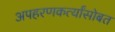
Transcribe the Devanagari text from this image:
अपहरणकर्त्यांसोबत